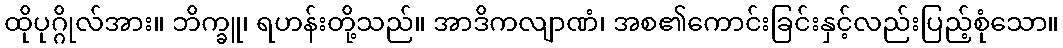
ထိုပုဂ္ဂိုလ်အား။ ဘိက္ခူ၊ ရဟန်းတို့သည်။ အာဒိကလျာဏံ၊ အစ၏ကောင်းခြင်းနှင့်လည်းပြည့်စုံသော။